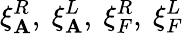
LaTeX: \xi_{\mathbf{A}}^{R},\ \xi_{\mathbf{A}}^{L},\ \xi_{F}^{R},\ \xi_{F}^{L}